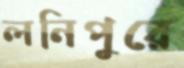
লনিপুরে